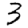
Digit: 3